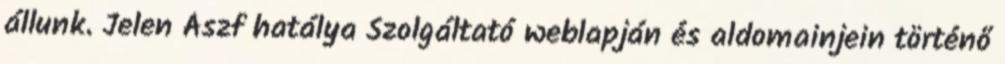
állunk. Jelen Ászf hatálya Szolgáltató weblapján és aldomainjein történő